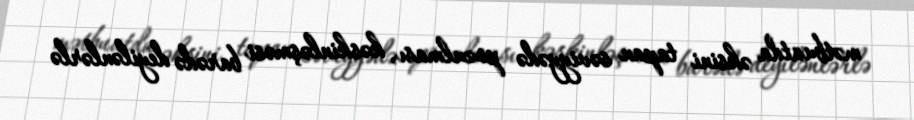
mətbuatda əksini tapan səviyyədə pozulması, kəskinləşməsi barədə deyilənlərlə